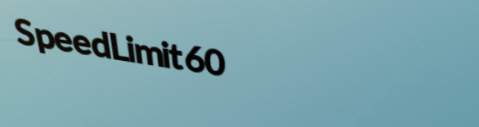
SpeedLimit60